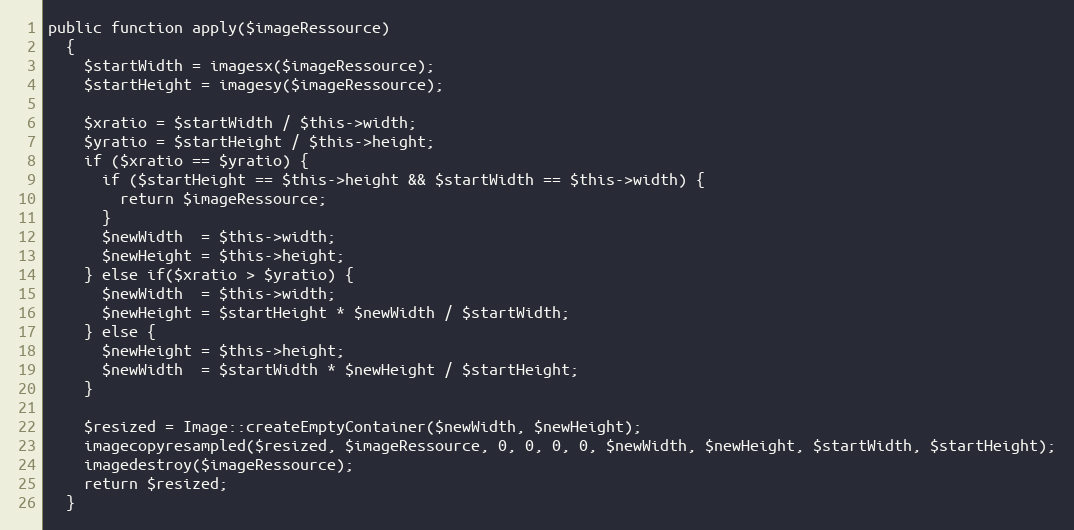
Language: PHP
public function apply($imageRessource)
  {
    $startWidth = imagesx($imageRessource);
    $startHeight = imagesy($imageRessource);

    $xratio = $startWidth / $this->width;
    $yratio = $startHeight / $this->height;
    if ($xratio == $yratio) {
      if ($startHeight == $this->height && $startWidth == $this->width) {
        return $imageRessource;
      }
      $newWidth  = $this->width;
      $newHeight = $this->height;
    } else if($xratio > $yratio) {
      $newWidth  = $this->width;
      $newHeight = $startHeight * $newWidth / $startWidth;
    } else {
      $newHeight = $this->height;
      $newWidth  = $startWidth * $newHeight / $startHeight;
    }

    $resized = Image::createEmptyContainer($newWidth, $newHeight);
    imagecopyresampled($resized, $imageRessource, 0, 0, 0, 0, $newWidth, $newHeight, $startWidth, $startHeight);
    imagedestroy($imageRessource);
    return $resized;
  }